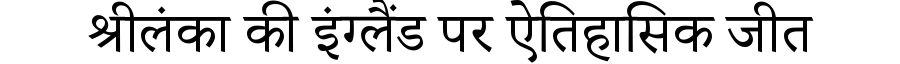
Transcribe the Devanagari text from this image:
श्रीलंका की इंग्लैंड पर ऐतिहासिक जीत